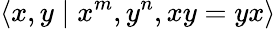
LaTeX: \langle x,y\mid x^{m},y^{n},xy=yx\rangle